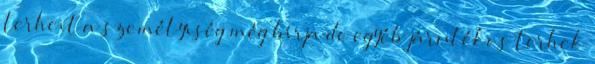
terheit a személyiség még bírja de egyéb járulékos terhek